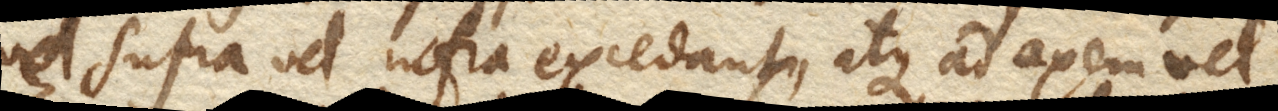
vel supra vel infra excedant, atque ad axem vel